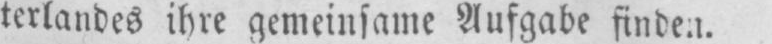
terlandes ihre gemeinsame Aufgabe finden.